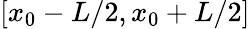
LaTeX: [x_{0}-L/2,x_{0}+L/2]